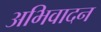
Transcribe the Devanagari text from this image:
अभिवादन